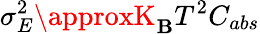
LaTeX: \sigma_{E}^{2}\approxK_{\mathbf{B}}T^{2}C_{abs}